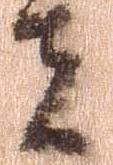
者